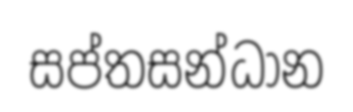
සප්තසන්ධාන